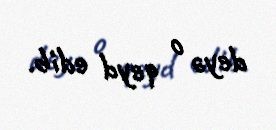
deyə o qeyd edib.